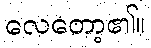
လေတော့၏။